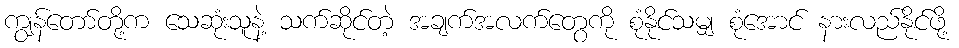
ကျွန်တော်တို့က သေဆုံးသူနဲ့ သက်ဆိုင်တဲ့ အချက်အလက်တွေကို စုံနိုင်သမျှ စုံအောင် နားလည်နိုင်ဖို့